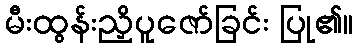
မီးထွန်းညှိပူဇော်ခြင်း ပြု၏။